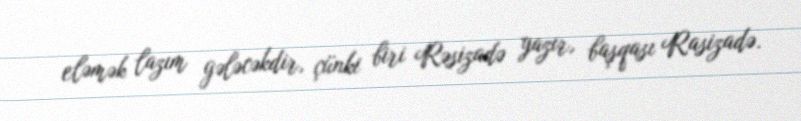
eləmək lazım gələcəkdir, çünki biri Rəsizadə yazır, başqası Rasizadə.